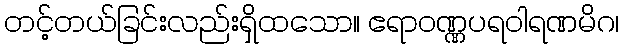
တင့်တယ်ခြင်းလည်းရှိထသော။ ဧရာဝဏ္ဏပရဝါရဏမိဂ၊